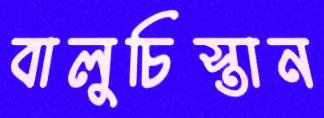
বালুচিস্তান